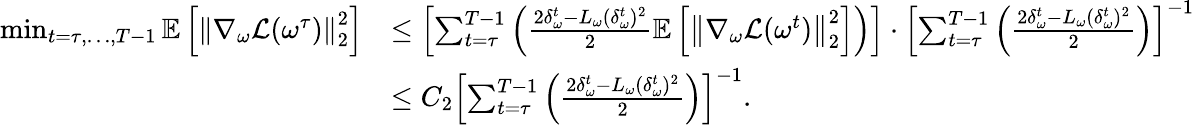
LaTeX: \begin{array}{rl}{\operatorname*{min}_{t=\tau,\ldots,T-1}\mathbb{E}\left[\left\| \nabla_{\omega}\mathcal{L}(\omega^{\tau})\right\| _{2}^{2}\right]}&{\leq\left[\sum_{t=\tau}^{T-1}\left(\frac{2\delta_{\omega}^{t}-L_{\omega}(\delta_{\omega}^{t})^{2}}{2}\mathbb{E}\left[\left\| \nabla_{\omega}\mathcal{L}(\omega^{t})\right\| _{2}^{2}\right]\right)\right]\cdot\left[\sum_{t=\tau}^{T-1}\left(\frac{2\delta_{\omega}^{t}-L_{\omega}(\delta_{\omega}^{t})^{2}}{2}\right)\right]^{-1}}\\ &{\leq C_{2}\left[\sum_{t=\tau}^{T-1}\left(\frac{2\delta_{\omega}^{t}-L_{\omega}(\delta_{\omega}^{t})^{2}}{2}\right)\right]^{-1}.}\end{array}